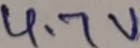
Text: 4.7V